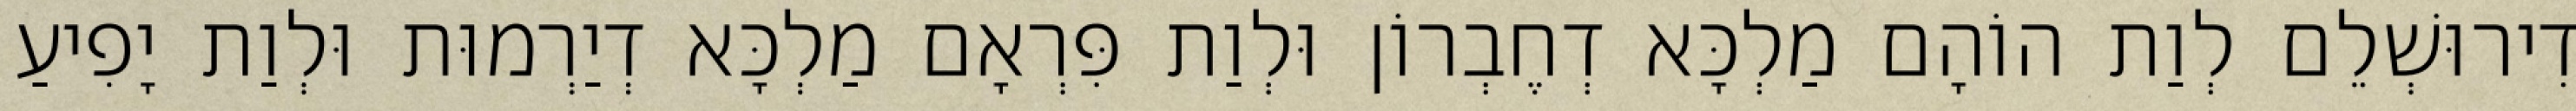
דִירוּשְׁלֵם לְוַת הוֹהָם מַלְכָּא דְחֶבְרוֹן וּלְוַת פִּרְאָם מַלְכָּא דְיַרְמוּת וּלְוַת יָפִיעַ